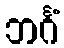
ဘင်္ဂံ